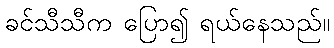
ခင်သီသီက ပြော၍ ရယ်နေသည်။